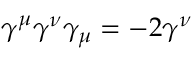
\gamma ^ { \mu } \gamma ^ { \nu } \gamma _ { \mu } = - 2 \gamma ^ { \nu }